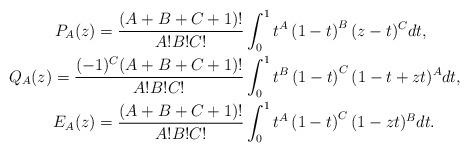
LaTeX: \begin{align*} P_A(z)= \frac{(A+B+C+1)!}{A! B! C!}& \int_{0}^{1} t^A \left(1-t \right)^B (z-t)^C dt, \\ Q_A(z)= \frac{(-1)^C(A+B+C+1)!}{A! B! C!}& \int_{0}^{1} t^B \left(1-t \right)^C (1-t+zt)^A dt, \\ E_A(z)= \frac{(A+B+C+1)!}{A! B! C!}& \int_{0}^{1} t^A \left(1-t \right)^C (1-zt)^B dt . \end{align*}